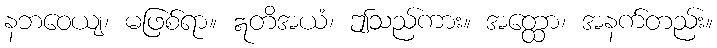
နဘဝေယျ၊ မဖြစ်ရာ။ ဣတိအယံ၊ ဤသည်ကား။ အတ္ထော၊ အနက်တည်း။